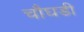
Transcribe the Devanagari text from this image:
चौघडी